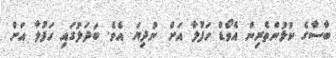
ބާސާގެ ކުޅުންތެރިން އެވޯޑް ހަފުލާ އަށް ނުދިޔަ އެވެ. ބަދަލުގައި ހަފުލާ އަށް